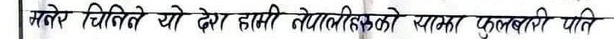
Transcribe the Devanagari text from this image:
मनले चिताए यो देश हाम्रो स्वोयंतितको स्थापना फुलवारी पाति